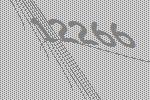
12266